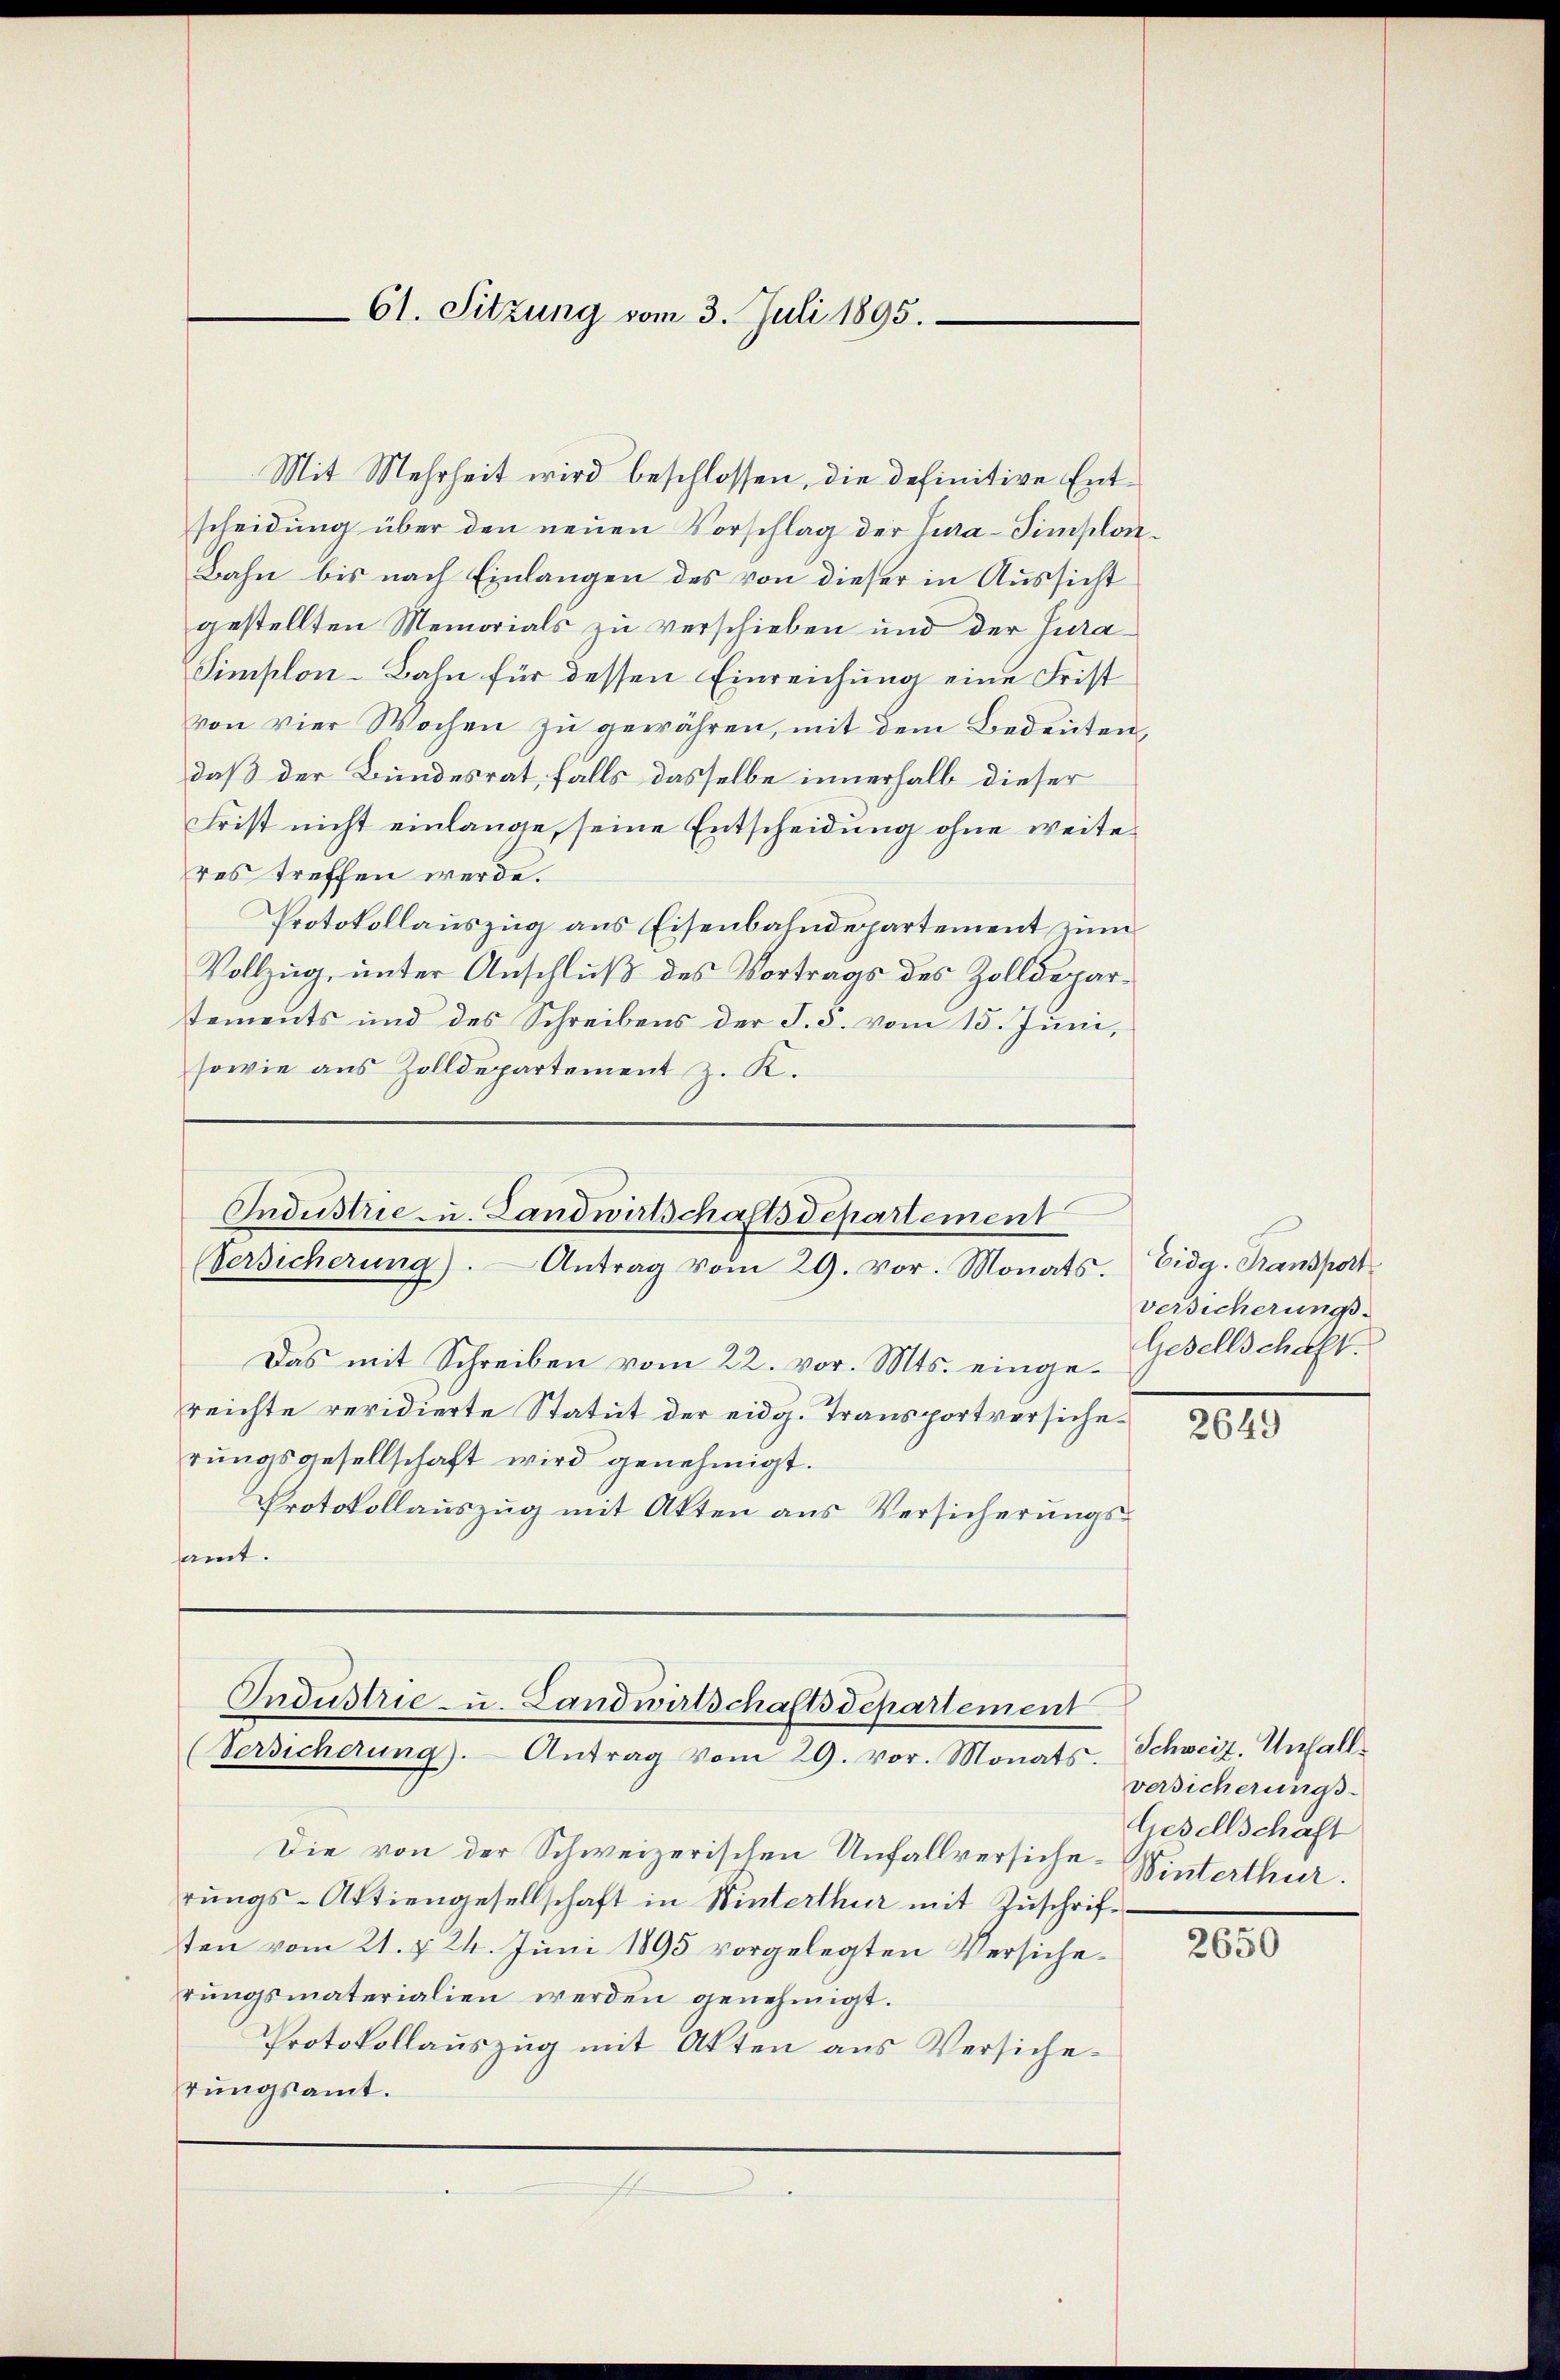
61. Sitzung vom 3. Juli 1895.

Mit Mehrheit wird beschlossen, die definitive Entscheidung über den neuen Vorschlag der Cura-Simplon¬
Bahn bis nach Einlangen des von dieser in Aussicht
gestellten Memorials zu verschieben und der Jura¬
Simplon-Bahn für dessen Einreichung eine Frist
von vier Wochen zu gewähren, mit dem Bedeuten,
daß der Bundesrat, falls dasselbe innerhalb dieser
Frist nicht einlange, seine Entscheidung ohne weiteres treffen werde.
Protokollauszug aus Eisenbahndepartement zum
Vollzug, unter Anschluß des Vortrags des Zolldepartements und des Schreibens der S. 5. vom 15. Juni,
sowie aus Zolldepartement z. K.

Industrie - u. Landwirtschaftsdepartement
Versicherung). Antrag vom 29. vor. Monats.

Das mit Schreiben vom 22. vor. Mts. eingereichte revidierte Statut der eidg. Transportversicherungsgesellschaft wird genehmigt.
Protokollauszug mit Akten aus Versicherungsamt.
Die von der Schweizerischen Unfallversiche Winterthur.
rŭngs-Aktiengesellschaft in Winterthur mit Zŭschriftten vom 21. §. 24. Juni 1895 vorgelegten Versicherŭngsmaterialien werden genehmigt.
Protokollauszug mit Akten aus Versicherungsamt.
f

Industrie- u. Landwirtschaftsdepartement
(Versicherung). Antrag vom 29. vor. Monats. Schweiz. Unfall

Eidg. Transport
Versicherungs-
Gesellschaft.

201

versicherungs-
Gesellschaft

2650